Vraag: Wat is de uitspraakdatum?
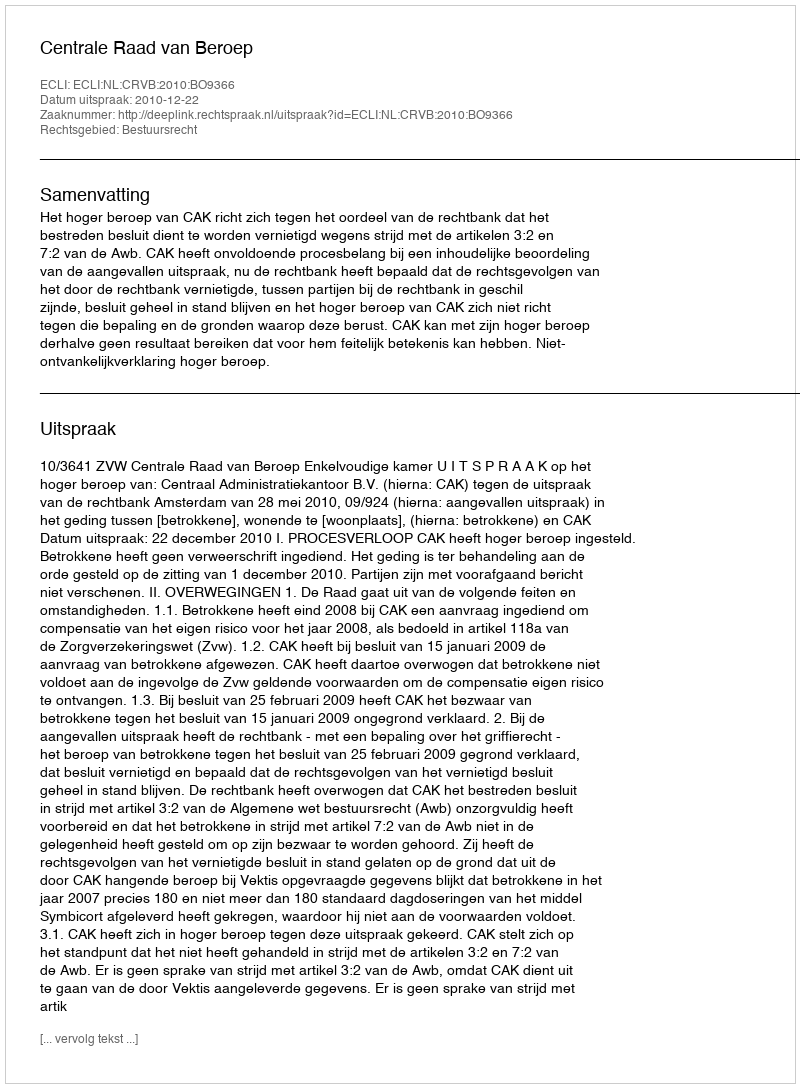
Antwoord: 2010-12-22